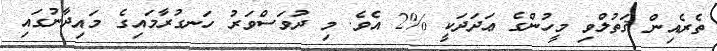
ތެރެއިން ޤަތުލްވި މީހުންގެ ޢަދަދަކީ %2 އެވެ. މި ދުވަސްވަރު ހަނގުރާމައިގެ މައިދާނުގައި